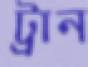
ট্রান